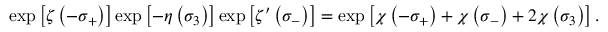
\exp \left[ \zeta \left( - \sigma _ { + } \right) \right] \exp \left[ - \eta \left( \sigma _ { 3 } \right) \right] \exp \left[ \zeta ^ { \prime } \left( \sigma _ { - } \right) \right] = \exp \left[ \chi \left( - \sigma _ { + } \right) + \chi \left( \sigma _ { - } \right) + 2 \chi \left( \sigma _ { 3 } \right) \right] .